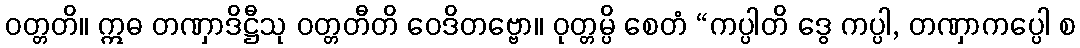
ဝတ္တတိ။ ဣဓ တဏှာဒိဋ္ဌီသု ဝတ္တတီတိ ဝေဒိတဗ္ဗော။ ဝုတ္တမ္ပိ စေတံ “ကပ္ပါတိ ဒွေ ကပ္ပါ, တဏှာကပ္ပေါ စ